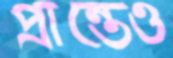
প্রান্তেও